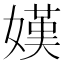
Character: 嫨